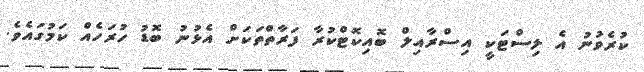
ކުރެވުނު އެ ލިސްޓަކީ އިސްރާއިލް ބޮއިކޮޓްކުރާ ފަރާތްތަކަށް އެޅުނު ބޮޑު ހުރަހެއް ކަމުގައެވެ.